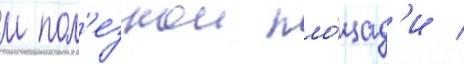
м пол'езнои пло́щад'и /